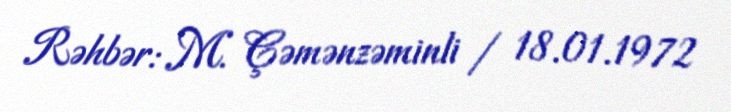
Rəhbər: M. Çəmənzəminli / 18.01.1972